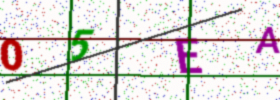
Text: 05EA